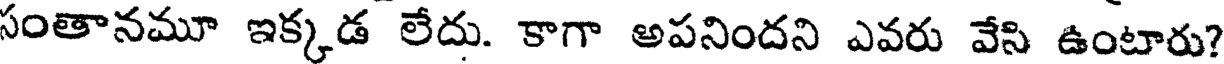
సంతానమూ ఇక్కడ లేదు. కాగా అపనిందని ఎవరు వేసి ఉంటారు?